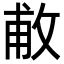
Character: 𢽊